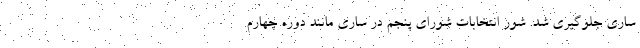
ساری جلوگیری شد. شور انتخابات شورای پنجم در ساری مانند دوره چهارم